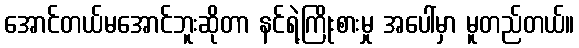
အောင်တယ်မအောင်ဘူးဆိုတာ နင်ရဲ့ကြိုးစားမှု အပေါ်မှာ မူတည်တယ်။